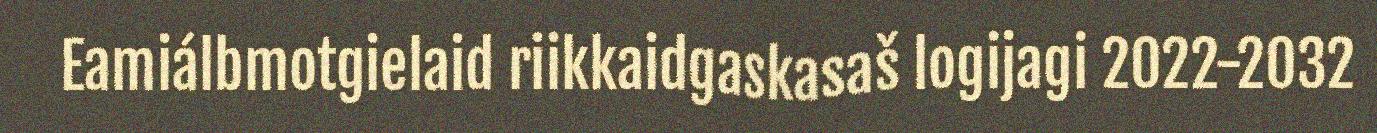
Eamiálbmotgielaid riikkaidgaskasaš logijagi 2022-2032